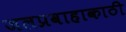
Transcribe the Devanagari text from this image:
जलप्रवाहाकाठी